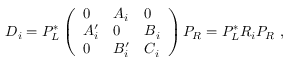
D _ { i } = P _ { L } ^ { * } \left( \begin{array} { l l l } { { 0 } } & { { A _ { i } } } & { { 0 } } \\ { { A _ { i } ^ { \prime } } } & { { 0 } } & { { B _ { i } } } \\ { { 0 } } & { { B _ { i } ^ { \prime } } } & { { C _ { i } } } \end{array} \right) P _ { R } = P _ { L } ^ { * } R _ { i } P _ { R } \ ,